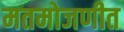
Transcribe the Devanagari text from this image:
मतमोजणीत